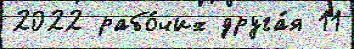
2022 рабо́чих друга́я 11